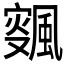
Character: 𱃉